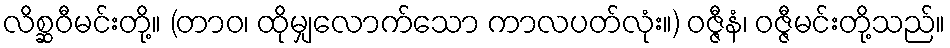
လိစ္ဆဝီမင်းတို့။ (တာဝ၊ ထိုမျှလောက်သော ကာလပတ်လုံး။) ဝဇ္ဇီနံ၊ ဝဇ္ဇီမင်းတို့သည်။